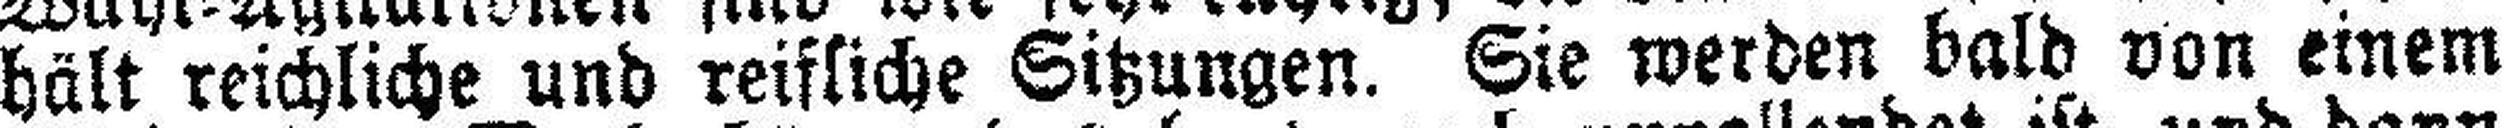
hält reichliche und reifliche Sitzungen. Sie werden bald von einem